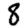
Digit: 8